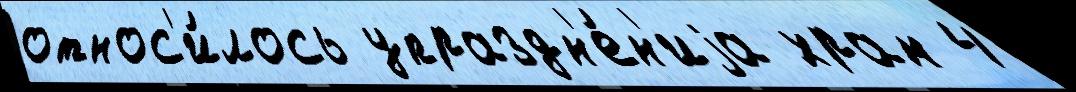
относ'и́лось упраздн'е́н'иjа храм 4